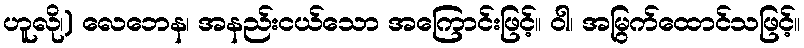
ဟူလို၊) လေဘေန၊ အနည်းငယ်သော အကြောင်းဖြင့်။ ဝါ၊ အမြွက်ထောင်သဖြင့်။